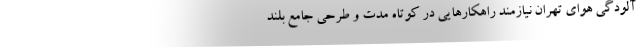
آلودگی هوای تهران نیازمند راهکارهایی در کوتاه مدت و طرحی جامع بلند